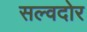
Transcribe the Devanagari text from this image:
सल्वदोर